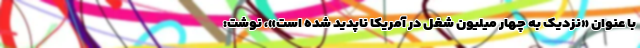
با عنوان «نزدیک به چهار میلیون شغل در آمریکا ناپدید شده ‌است»، نوشت: